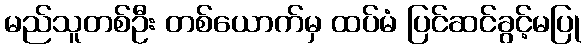
မည်သူတစ်ဦး တစ်ယောက်မှ ထပ်မံ ပြင်ဆင်ခွင့်မပြု